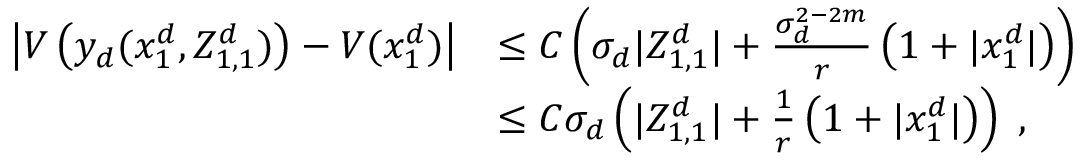
\begin{array} { r l } { \left\vert V \left( y _ { d } ( x _ { 1 } ^ { d } , Z _ { 1 , 1 } ^ { d } ) \right) - V ( x _ { 1 } ^ { d } ) \right\vert } & { \leq C \left( \sigma _ { d } \vert Z _ { 1 , 1 } ^ { d } \vert + \frac { \sigma _ { d } ^ { 2 - 2 m } } { r } \left( 1 + \vert x _ { 1 } ^ { d } \vert \right) \right) } \\ & { \leq C \sigma _ { d } \left( \vert Z _ { 1 , 1 } ^ { d } \vert + \frac { 1 } { r } \left( 1 + \vert x _ { 1 } ^ { d } \vert \right) \right) \; , } \end{array}